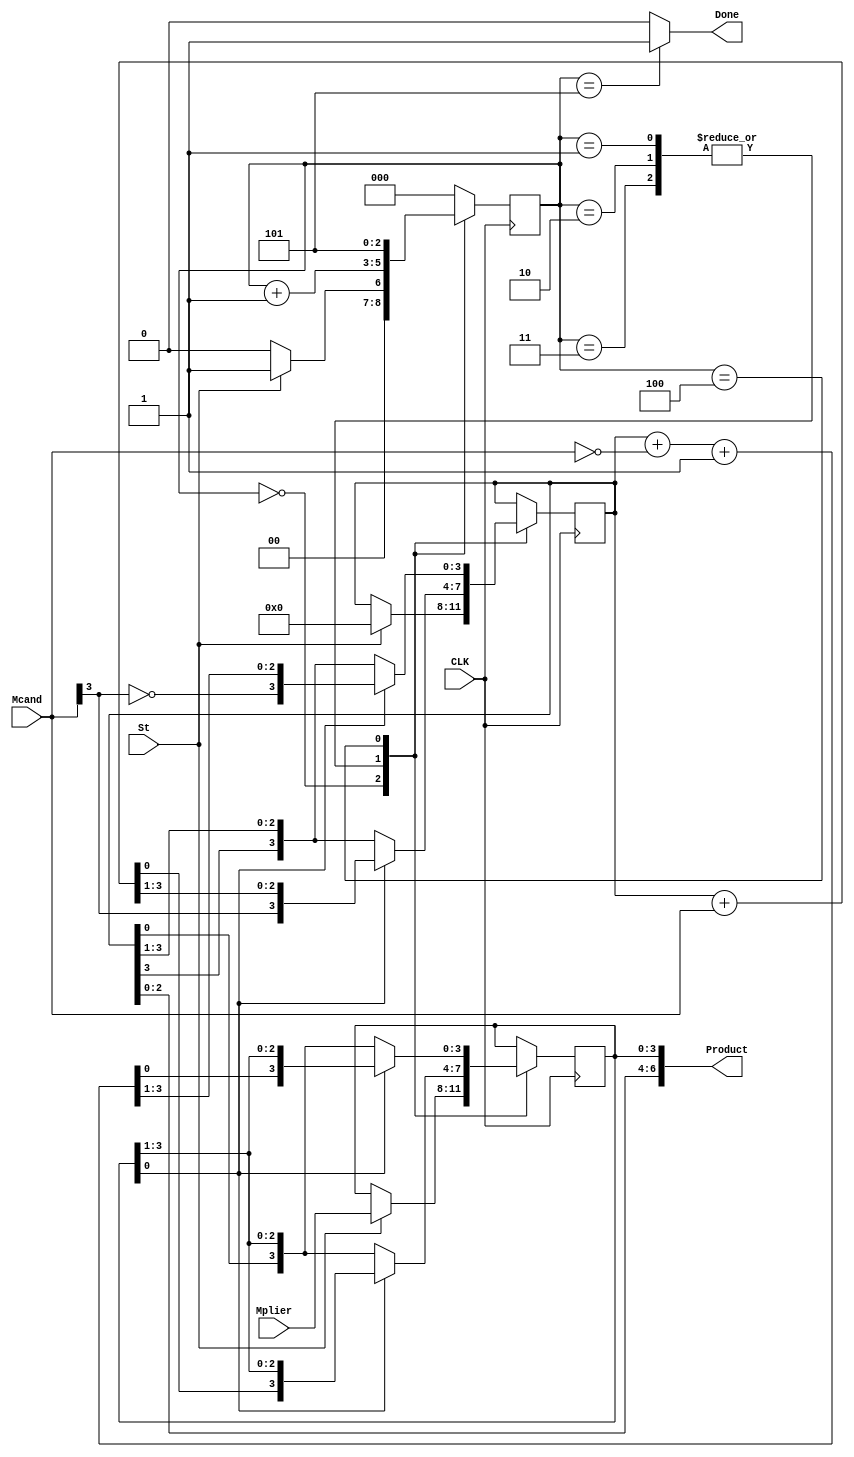
`define M B[0]
 module fraction_multiplier4 (CLK, St, Mplier, Mcand, Product, Done);
 input CLK;
 input St;
 input[3:0] Mplier;
 input[3:0] Mcand;
 output[6:0] Product;
 output Done;
 reg[2:0] State;
 reg[3:0] A;
 reg[3:0] B;
 reg[3:0] addout;
 initial
 begin
 State = 0;
 end
 
 always @(posedge CLK)
 begin
 case (State)
 0 :
 begin
 if (St == 1'b1)
 begin
 A <= 4'b0000 ;
 B <= Mplier ;
   State <= 1 ;
 end
 else
 State <= 0;
 end
 1, 2, 3 :
 begin
 if (`M == 1'b1)
 begin
 addout = A + Mcand;
 A <= {Mcand[3], addout[3:1]} ;
 B <= {addout[0], B[3:1]} ;
 end
 else
 begin
 A <= {A[3], A[3:1]} ;
 B <= {A[0], B[3:1]} ;
 end
 State <= State + 1 ;
 end
 4 :
 begin
 if (`M == 1'b1)
 begin
 addout = A + ~Mcand + 1;
 A <= {~Mcand[3], addout[3:1]} ;
 B <= {addout[0], B[3:1]} ;
 end
 else
 begin
 A <= {A[3], A[3:1]} ;
 B <= {A[0], B[3:1]} ;
 end
 State <= 5 ;
 end
 5 :
 begin
 State <= 0 ;
 end
 
 default :
 begin
 State <= 0 ;
 end
 endcase
 end
 assign Done = (State == 5) ? 1'b1 : 1'b0 ;
 assign Product = {A[2:0], B} ;
endmodule